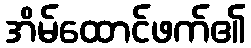
အိမ်ထောင်ဖက်၏